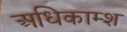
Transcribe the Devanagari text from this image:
अधिकाम्श